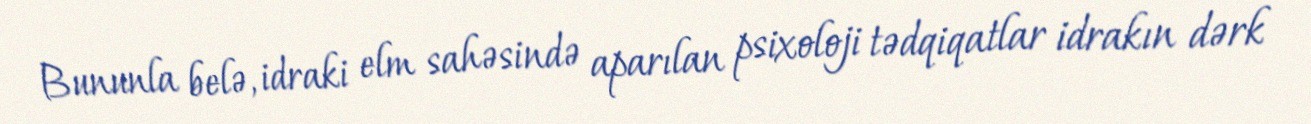
Bununla belə, idraki elm sahəsində aparılan psixoloji tədqiqatlar idrakın dərk